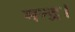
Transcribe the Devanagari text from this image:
मन्द्र।